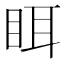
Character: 眲